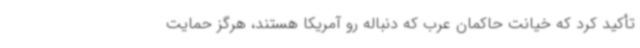
تأکید کرد که خیانت حاکمان عرب که دنباله رو آمریکا هستند، هرگز حمایت